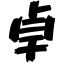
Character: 卓